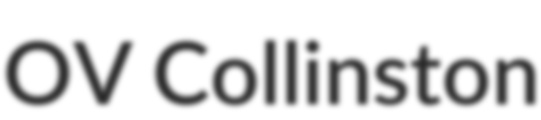
OV Collinston